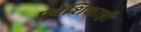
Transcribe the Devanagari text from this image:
प्रवेशिकाही